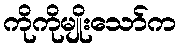
ကိုကိုမျိုးသော်က